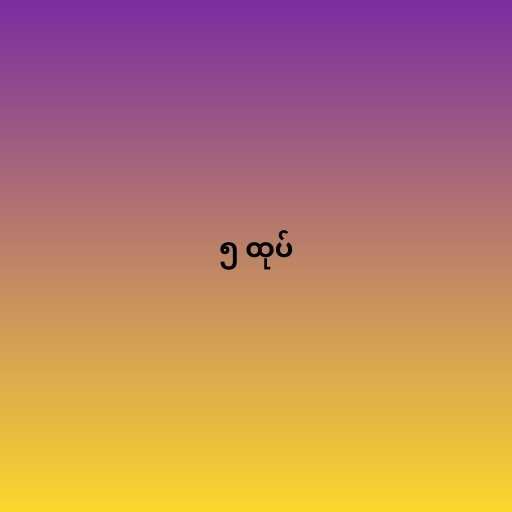
၅ ထုပ်